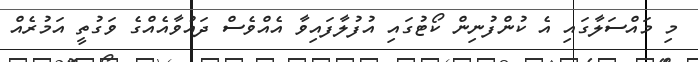
މި މައްސަލާގައި އެ ކުންފުނިން ކޯޓުގައި އުފުލާފައިވާ އެއްވެސް ދައުވާއެެއްގެ ވަގުތީ އަމުރެއް